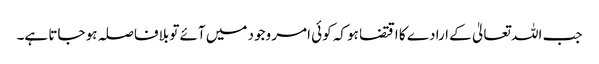
جب اللہ تعالیٰ کے ارادے کا اقتضا ہو کہ کوئی امر وجود میں آئے تو بلافاصلہ ہو جاتا ہے۔